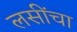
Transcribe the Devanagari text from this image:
लसींचा